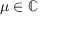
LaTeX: \mu \in \mathbb { C }